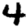
Digit: 4